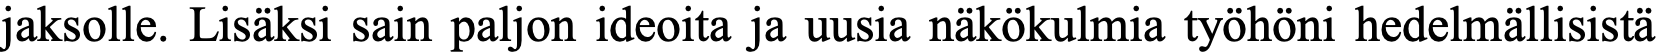
jaksolle. Lisäksi sain paljon ideoita ja uusia näkökulmia työhöni hedelmällisistä